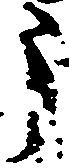
う